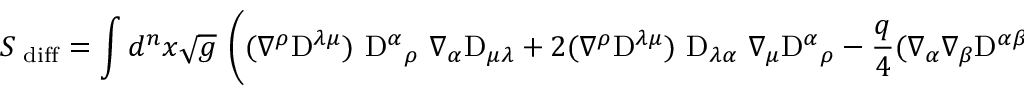
S _ { \mathrm { \tiny ~ d i f f } } = \int d ^ { n } x \sqrt { g } ~ \left( ( \nabla ^ { \rho } \mathrm { D } ^ { \lambda \mu } ) ~ \mathrm { D } ^ { \alpha } { } _ { \rho } ~ \nabla _ { \alpha } \mathrm { D } _ { \mu \lambda } + 2 ( \nabla ^ { \rho } \mathrm { D } ^ { \lambda \mu } ) ~ \mathrm { D } _ { \lambda \alpha } ~ \nabla _ { \mu } \mathrm { D } ^ { \alpha } { } _ { \rho } - \frac { q } 4 ( \nabla _ { \alpha } \nabla _ { \beta } \mathrm { D } ^ { \alpha \beta } ) { } \nabla _ { \lambda } \nabla _ { \mu } { } \mathrm { D } ^ { \lambda \mu } { } - \frac 1 2 ( \nabla ^ { \alpha } \mathrm { D } ^ { \beta \gamma } ) \nabla _ { \alpha } \mathrm { D } _ { \beta \gamma } \right) .